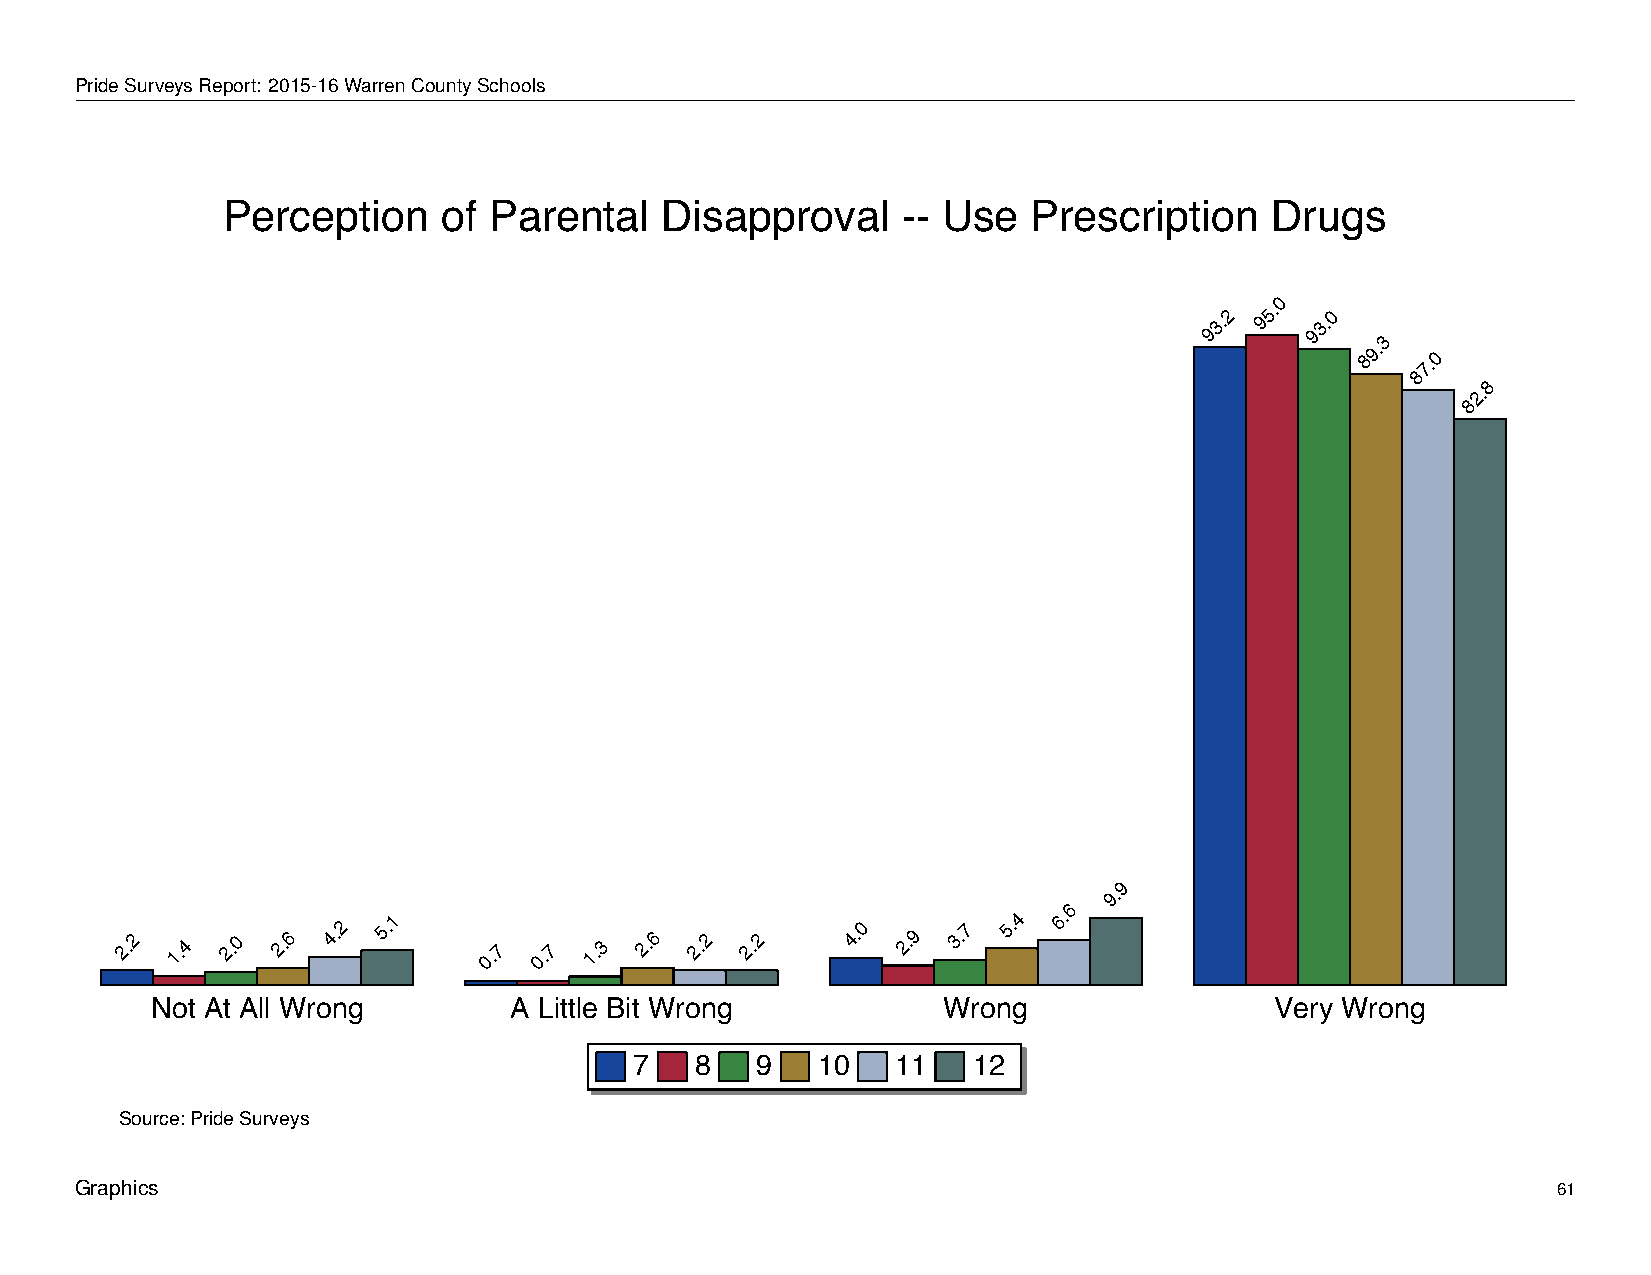
Perception            of    Parental         Disapproval               --  Use      Prescription              Drugs
 PrideSurveysReport: 2015-16WarrenCountySchools
 Perception    of Parental    Disapproval     -- Use  Prescription    Drugs
 0
 93.2 95. 93.0
 3
 89.
 7.0
 8
 8
 2.
 8
 9
 9.
 6
 2.2 1.4 2.0 2.6 4.2 5.1 0.7 0.7 1.3 2.6 2.2 2.2 4.0 2.9 3.7 5.4 6.
 Not At All Wrong        A Little Bit Wrong          Wrong                 Very Wrong
 7   8   9   10   11   12
 Source: Pride Surveys
 Graphics                                                                                          61